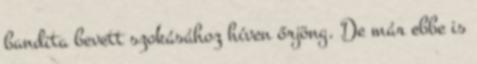
bandita bevett szokásához híven őrjöng. De már ebbe is